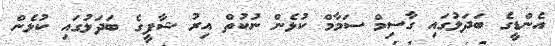
އެންޑީގެ ބަދަލުގައި ގާސިމް ސަމާމް ކުޅެން ނުކުތް އިރު ޝާފީގެ ބަދަލުގައި ކުޅެން